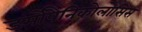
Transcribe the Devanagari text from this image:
डर्मोपैनिकोलोसिस